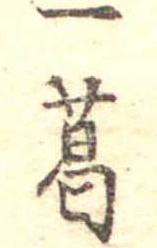
一葛